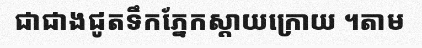
ជាជាងជូតទឹកភ្នែកស្តាយក្រោយ ។តាម